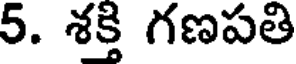
5. శక్తి గణపతి